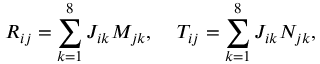
R _ { i j } = \sum _ { k = 1 } ^ { 8 } J _ { i k } M _ { j k } , \; \; \; \; T _ { i j } = \sum _ { k = 1 } ^ { 8 } J _ { i k } N _ { j k } ,